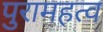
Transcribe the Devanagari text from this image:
पुरामहत्व